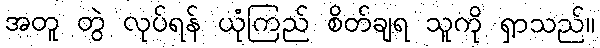
အတူ တွဲ လုပ်ရန် ယုံကြည် စိတ်ချရ သူကို ရှာသည်။